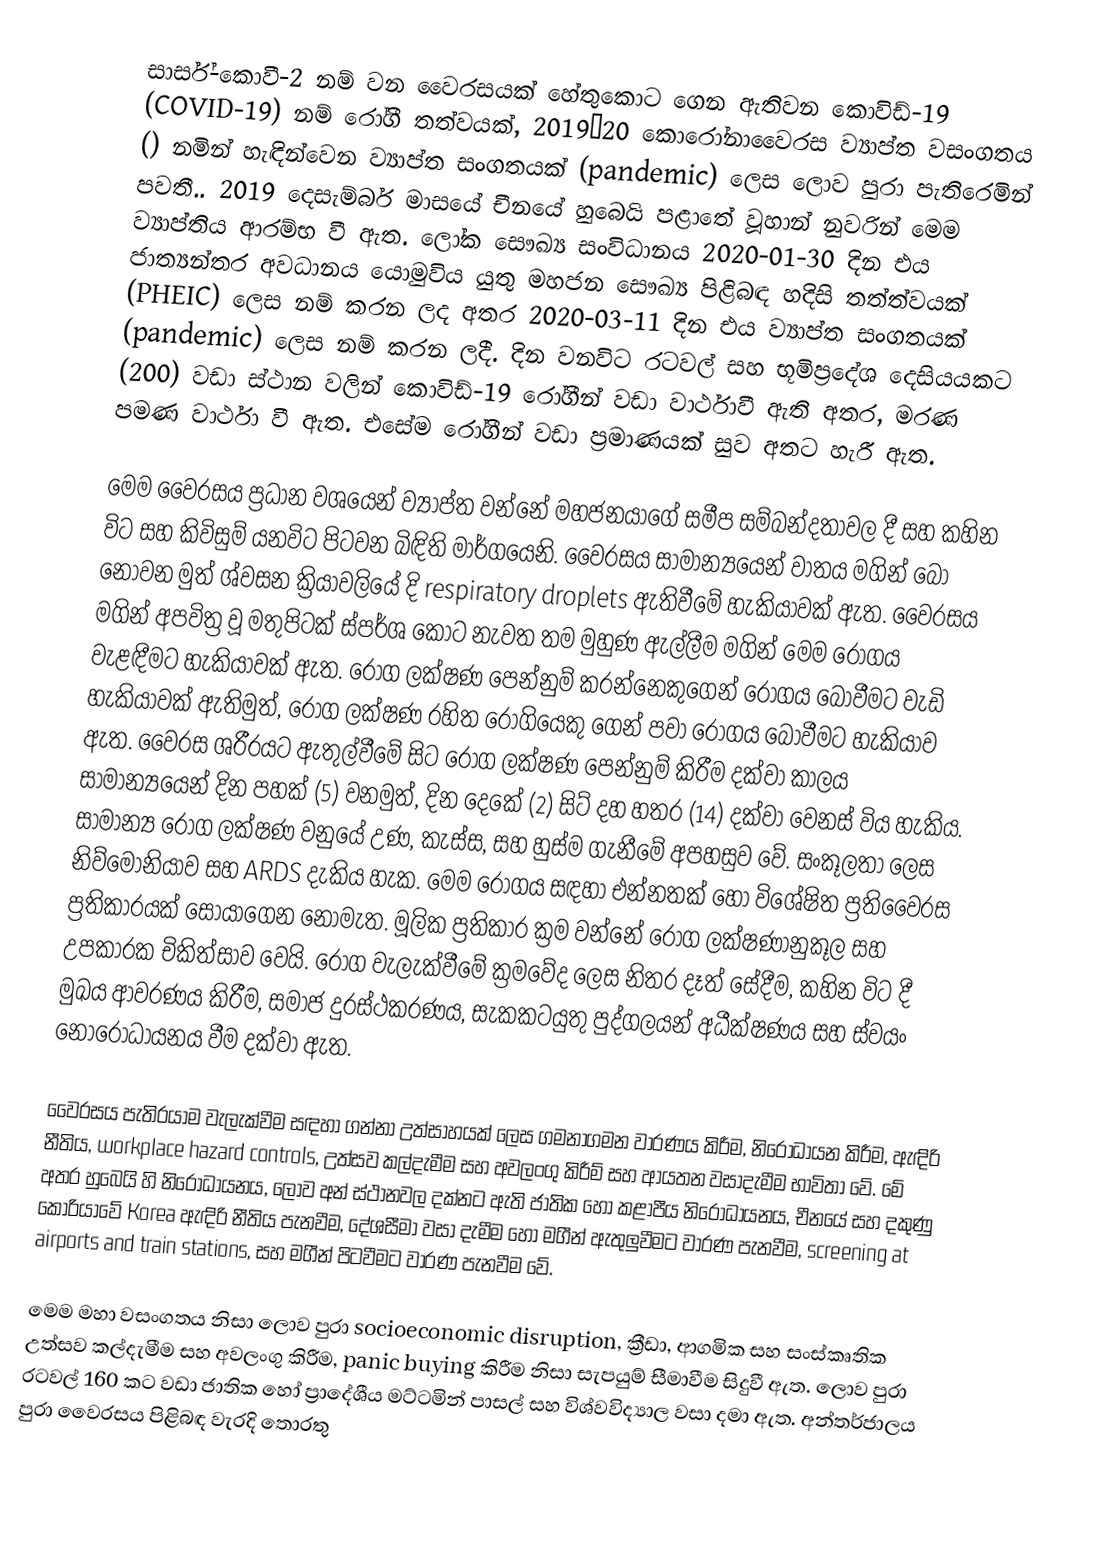
සාර්ස්-කොවී-2 නම් වන වෛරසයක් හේතුකොට ගෙන ඇතිවන කොවිඩ්-19 (COVID-19) නම් රෝගී තත්වයක්, 2019–20 කොරෝනාවෛරස ව්‍යාප්ත වසංගතය () නමින් හැඳින්වෙන ව්‍යාප්ත සංගතයක් (pandemic) ලෙස ලොව පුරා පැතිරෙමින් පවතී.. 2019 දෙසැම්බර් මාසයේ චීනයේ හුබෙයි පළාතේ වූහාන් නුවරින් මෙම ව්‍යාප්තිය ආරම්භ වී ඇත. ලෝක සෞඛ්‍ය සංවිධානය 2020-01-30 දින එය ජාත්‍යන්තර අවධානය යොමුවිය යුතු මහජන සෞඛ්‍ය පිළිබඳ හදිසි තත්ත්වයක් (PHEIC) ලෙස නම් කරන ලද අතර 2020-03-11 දින එය ව්‍යාප්ත සංගතයක් (pandemic) ලෙස නම් කරන ලදී.  දින වනවිට රටවල් සහ භූමිප්‍රදේශ දෙසියයකට (200) වඩා ස්ථාන වලින් කොවිඩ්-19 රෝගීන්  වඩා වාර්ථාවී ඇති අතර, මරණ  පමණ වාර්ථා වී ඇත. එසේම රෝගීන්  වඩා ප්‍රමාණයක් සුව අතට හැරී ඇත.

මෙම වෛරසය ප්‍රධාන වශයෙන් ව්‍යාප්ත වන්නේ මහජනයාගේ සමීප සම්බන්දතාවල දී සහ කහින විට සහ කිවිසුම් යනවිට පිටවන බිඳිති මාර්ගයෙනි. වෛරසය සාමාන්‍යයෙන් වාතය මගින් බෝ නොවන මුත් ශ්වසන ක්‍රියාවලියේ දි respiratory droplets ඇතිවීමේ හැකියාවක් ඇත. වෛරසය මගින් අපවිත්‍ර වූ මතුපිටක් ස්පර්ශ කොට නැවත තම මුහුණ ඇල්ලීම මගින් මෙම රෝගය වැළඳීමට හැකියාවක් ඇත. රෝග ලක්ෂණ පෙන්නුම් කරන්නෙකුගෙන් රෝගය බෝවීමට වැඩි හැකියාවක් ඇතිමුත්, රෝග ලක්ෂණ රහිත රෝගියෙකු ගෙන් පවා රෝගය බෝවීමට හැකියාව ඇත. වෛරස ශරීරයට ඇතුල්වීමේ සිට රෝග ලක්ෂණ පෙන්නුම් කිරීම දක්වා කාලය සාමාන්‍යයෙන් දින පහක් (5) වනමුත්, දින දෙකේ (2) සිට් දහ හතර (14) දක්වා වෙනස් විය හැකිය. සාමාන්‍ය රෝග ලක්ෂණ වනුයේ උණ, කැස්ස, සහ හුස්ම ගැනීමේ අපහසුව වේ. සංකූලතා ලෙස නිව්මෝනියාව සහ ARDS දැකිය හැක. මෙම රෝගය සඳහා එන්නතක් හෝ විශේෂිත ප්‍රතිවෛරස ප්‍රතිකාරයක් සොයාගෙන නොමැත. මූලික ප්‍රතිකාර ක්‍රම වන්නේ රෝග ලක්ෂණානුකූල  සහ උපකාරක චිකිත්සාව වෙයි. රෝග වැලැක්වීමේ ක්‍රමවේද ලෙස නිතර දෑත් සේදීම, කහින විට දී මුඛය ආවරණය කිරීම, සමාජ දුරස්ථකරණය, සැකකටයුතු පුද්ගලයන් අධීක්ෂණය සහ ස්වයං නොරෝධායනය වීම දක්වා ඇත.

වෛරසය පැතිරයාම වැලැක්වීම සඳහා ගන්නා උත්සාහයක් ලෙස ගමනාගමන වාරණය කිරීම, නිරෝධායන කිරීම, ඇඳිරි නීතිය, workplace hazard controls, උත්සව කල්දැමීම සහ අවලංගු කිරීම් සහ ආයතන වසාදැමීම භාවිතා වේ. මේ අතර  හුබෙයි හි නිරෝධායනය, ලොව අන් ස්ථානවල දක්නට ඇති ජාතික හෝ කළාපීය නිරෝධායනය, චීනයේ සහ දකුණු කොරියාවේ Korea ඇඳිරි නීතිය පැනවීම, දේශසීමා වසා දැමීම හෝ මගීන් ඇතුලුවීමට වාරණ පැනවීම, screening at airports and train stations, සහ මගීන් පිටවීමට වාරණ පැනවීම වේ.

මෙම මහා වසංගතය නිසා ලොව පුරා socioeconomic disruption, ක්‍රීඩා, ආගමික සහ සංස්කෘතික උත්සව කල්දැමීම සහ අවලංගු කිරීම, panic buying කිරීම නිසා සැපයුම් සීමාවීම සිදුවී ඇත. ලොව පුරා රටවල් 160 කට වඩා ජාතික හෝ ප්‍රාදේශීය මට්ටමින් පාසල් සහ විශ්වවිද්‍යාල වසා දමා ඇත. අන්තර්ජාලය පුරා වෛරසය පිළිබඳ වැරදි තොරතු